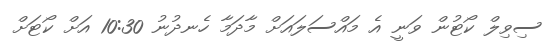
ސިވިލް ކޯޓުން ވަނީ އެ މައްސަލައަށް މާދަމާ ހެނދުނު 10:30 އަށް ކޯޓަށް